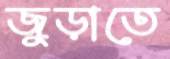
জুড়াতে